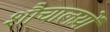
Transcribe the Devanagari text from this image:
शौचालय़ों